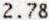
2.78